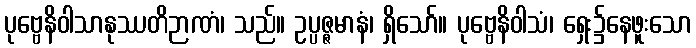
ပုဗ္ဗေနိဝါသာနုဿတိဉာဏံ၊ သည်။ ဥပ္ပဇ္ဇမာနံ၊ ရှိသော်။ ပုဗ္ဗေနိဝါသံ၊ ရှေး၌နေဖူးသော